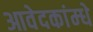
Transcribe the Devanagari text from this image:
आवेदकांम्धे